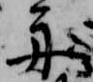
舟